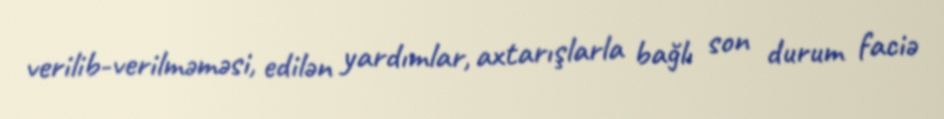
verilib-verilməməsi, edilən yardımlar, axtarışlarla bağlı son durum faciə